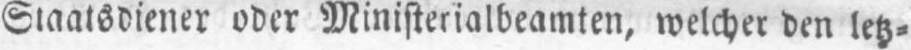
Staatsdiener oder Ministerialbeamten, welcher den letz⸗